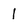
Character: I